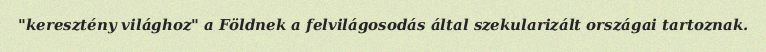
"keresztény világhoz" a Földnek a felvilágosodás által szekularizált országai tartoznak.